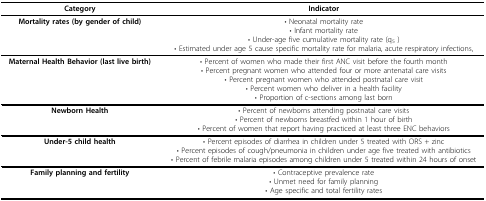
| Category | Indicator |
 | --- | --- |
 | Mortality rates (by gender of child) | • Neonatal mortality rate• Infant mortality rate• Under-age five cumulative mortality rate (q5 )• Estimated under age 5 cause specific mortality rate for malaria, acute respiratory infections, |
 | Maternal Health Behavior (last live birth) | • Percent of women who made their first ANC visit before the fourth month• Percent pregnant women who attended four or more antenatal care visits• Percent pregnant women who attended postnatal care visit• Percent women who deliver in a health facility• Proportion of c-sections among last born |
 | Newborn Health | • Percent of newborns attending postnatal care visits• Percent of newborns breastfed within 1 hour of birth• Percent of women that report having practiced at least three ENC behaviors |
 | Under-5 child health | • Percent episodes of diarrhea in children under 5 treated with ORS + zinc• Percent episodes of cough/pneumonia in children under age five treated with antibiotics• Percent of febrile malaria episodes among children under 5 treated within 24 hours of onset |
 | Family planning and fertility | • Contraceptive prevalence rate• Unmet need for family planning• Age specific and total fertility rates |